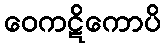
ဝေကဋိကောပိ